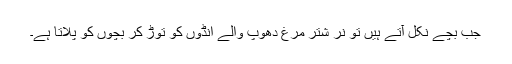
جب بچے نکل آتے ہیں تو نر شتر مرغ دھوپ والے انڈوں کو توڑ کر بچوں کو پلاتا ہے۔